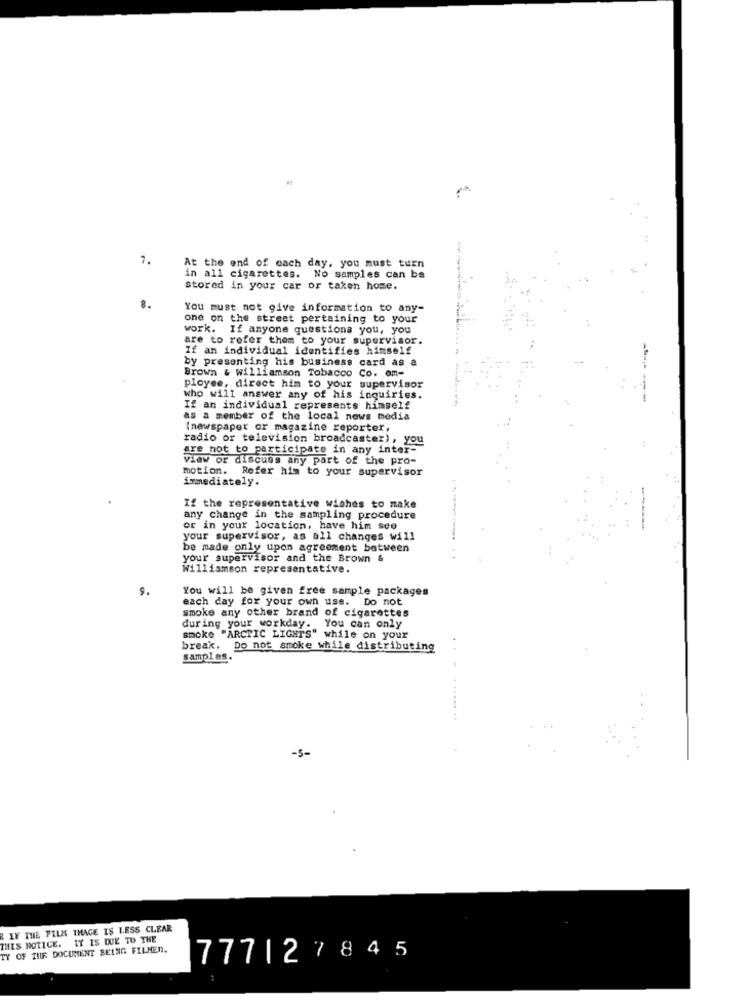
7.
At the end of each day, you must turn
in all cigarettes. No samples can be
Stored in your car or taken home.
You must not give information to any-
one on the street pertaining to your
work. If anyone questions you, you
are to refer them to your supervisor
If an individual identifies himself
by presenting his business card as a
Brown & williamson Tobacco Co. om-
ployee, direct him to your supervisor
who will answer any of his inquiries.
------
If an individual represents himself
as a member of the local news media
(newspaper or magazine reporter,
radio or television broadcaster), you
are not to participate in any inter-
viaw or discuss any part of the pro-
motion. Refer him to your supervisor
immediately.
If the representative wishes to make
any change in the sampling procedure
or in your location, have him see
your supervisor, as all changes will
be made only upon agreement between
your supervisor and the Brown &
..
williamson representative.
9.
You will be given free sample packages
each day for your own use. Do not
smoke any other brand of cigarettes
during your workday. You can only
smoke "ARCTIC LIGHTS" while on your
break. Do not smoke while distributing
samples.
-5-
B IN THE FILM THAGE IS LESS CLEAR
THIS NOTICE. IT IS DUE TO THE
TY OF THE DOCUMENT BEING FILMEN.
777|27845